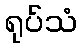
ရုပ်သံ